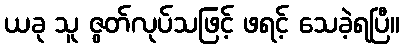
ယခု သူ ဇွတ်လုပ်သဖြင့် ဖရင့် သေခဲ့ရပြီ။